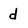
Character: d